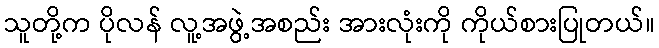
သူတို့က ပိုလန် လူ့အဖွဲ့အစည်း အားလုံးကို ကိုယ်စားပြုတယ်။